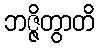
ဘဇ္ဇိတွာတိ